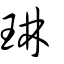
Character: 琳